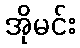
အိုမင်း